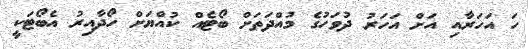
ހަ އަހަރާއި އަށް އަހަރު ދުވަހުގެ މުއްދަތަށް ބޯޓެއް ކުއްޔަށް ހޯދާއިރު އެބޯޓަކީ